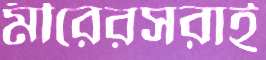
মীরেরসরাই